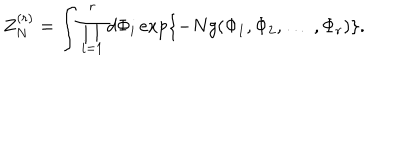
LaTeX: Z _ { N } ^ { ( r ) } = \int \prod _ { i = 1 } ^ { r } d \Phi _ { i } \exp \{ - N g ( \Phi _ { 1 } , \Phi _ { 2 } , \ldots \: , \Phi _ { r } ) \} .